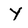
Character: Y